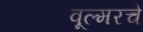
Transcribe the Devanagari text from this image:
वूल्मरचे